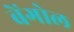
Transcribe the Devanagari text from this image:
बेंगोल